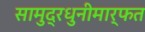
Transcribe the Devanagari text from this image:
सामुद्रधुनीमार्फत